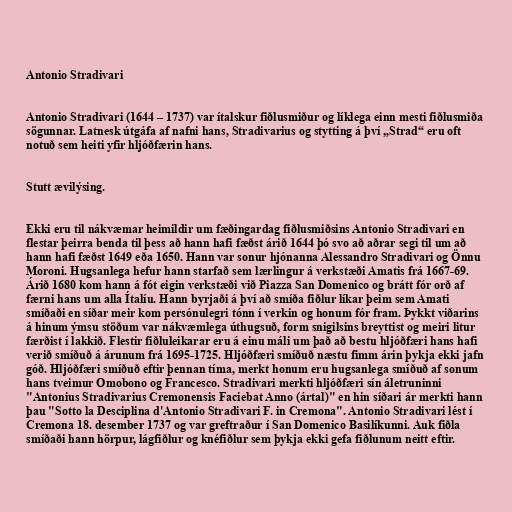
Antonio Stradivari

Antonio Stradivari (1644 – 1737) var ítalskur fiðlusmiður og líklega einn mesti fiðlusmiða
sögunnar. Latnesk útgáfa af nafni hans, Stradivarius og stytting á því „Strad“ eru oft
notuð sem heiti yfir hljóðfærin hans.

Stutt ævilýsing.

Ekki eru til nákvæmar heimildir um fæðingardag fiðlusmiðsins Antonio Stradivari en
flestar þeirra benda til þess að hann hafi fæðst árið 1644 þó svo að aðrar segi til um að
hann hafi fæðst 1649 eða 1650. Hann var sonur hjónanna Alessandro Stradivari og Önnu
Moroni. Hugsanlega hefur hann starfað sem lærlingur á verkstæði Amatis frá 1667-69.
Árið 1680 kom hann á fót eigin verkstæði við Piazza San Domenico og brátt fór orð af
færni hans um alla Ítalíu. Hann byrjaði á því að smíða fiðlur líkar þeim sem Amati
smíðaði en síðar meir kom persónulegri tónn í verkin og honum fór fram. Þykkt viðarins
á hinum ýmsu stöðum var nákvæmlega úthugsuð, form snigilsins breyttist og meiri litur
færðist í lakkið. Flestir fiðluleikarar eru á einu máli um það að bestu hljóðfæri hans hafi
verið smíðuð á árunum frá 1695-1725. Hljóðfæri smíðuð næstu fimm árin þykja ekki jafn
góð. Hljóðfæri smíðuð eftir þennan tíma, merkt honum eru hugsanlega smíðuð af sonum
hans tveimur Omobono og Francesco. Stradivari merkti hljóðfæri sín áletruninni
"Antonius Stradivarius Cremonensis Faciebat Anno (ártal)" en hin síðari ár merkti hann
þau "Sotto la Desciplina d'Antonio Stradivari F. in Cremona". Antonio Stradivari lést í
Cremona 18. desember 1737 og var greftraður í San Domenico Basilíkunni. Auk fiðla
smíðaði hann hörpur, lágfiðlur og knéfiðlur sem þykja ekki gefa fiðlunum neitt eftir.